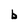
Character: b